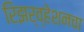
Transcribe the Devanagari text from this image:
रिझर्व्हेशनचा